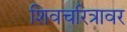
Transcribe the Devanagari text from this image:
शिवचरित्रावर